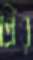
প্রিঁর